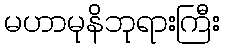
မဟာမုနိဘုရားကြီး